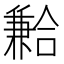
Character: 𪞍